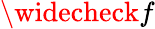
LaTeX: \widecheck{f}